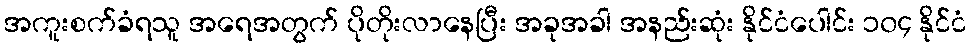
အကူးစက်ခံရသူ အရေအတွက် ပိုတိုးလာနေပြီး အခုအခါ အနည်းဆုံး နိုင်ငံပေါင်း ၁၀၄ နိုင်ငံ